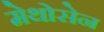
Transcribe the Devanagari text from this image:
मेथोसेन